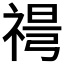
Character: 𥚜